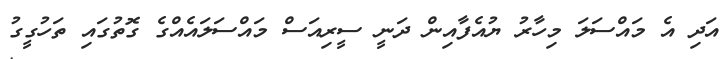
އަދި އެ މައްސަލަ މިހާރު ޔުއެފާއިން ދަނީ ސީރިއަސް މައްސަލައެއްގެ ގޮތުގައި ތަހުގީގު